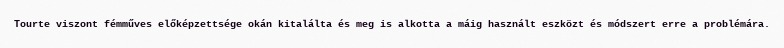
Tourte viszont fémműves előképzettsége okán kitalálta és meg is alkotta a máig használt eszközt és módszert erre a problémára.